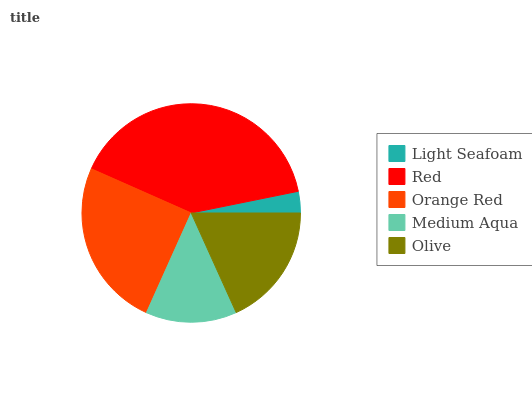
| Light Seafoam | Red | Orange Red | Medium Aqua | Olive |
 | --- | --- | --- | --- | --- |
 | 3.18% | 40.2% | 24.9% | 13.4% | 18.3% |